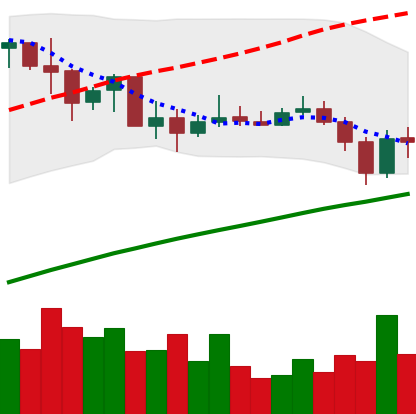
Ticker: BNB-USD
Chart end date: 2019-07-13
Forward return: -8.202%
Label: down_7plus